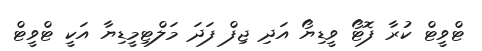
ޓްވީޓް ކުރާ ފޮޓޯ ވީޑިޔޯ އަދި ޖިފް ފަދަ މަލްޓިމީޑިޔާ އަކީ ޓްވީޓް